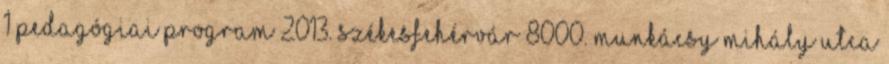
1 PEDAGÓGIAI PROGRAM 2013. Székesfehérvár 8000. Munkácsy Mihály utca